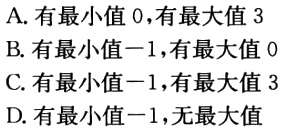
A. 有最小值 0,有最大值 3
B. 有最小值−1,有最大值 0
C. 有最小值−1,有最大值 3
D. 有最小值−1,无最大值